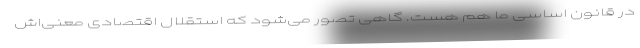
در قانون اساسی ما هم هست. گاهی تصور می‌شود که استقلال اقتصادی معنی‌اش